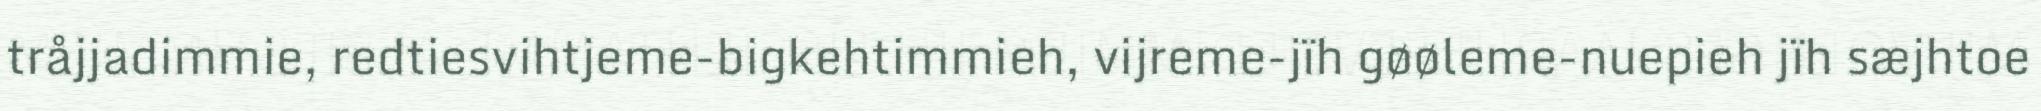
tråjjadimmie, redtiesvihtjeme-bigkehtimmieh, vijreme-jïh gøøleme-nuepieh jïh sæjhtoe